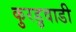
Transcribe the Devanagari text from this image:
कुरडुवाडी